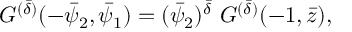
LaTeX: G ^ { ( \bar { \delta } ) } ( - \bar { \psi } _ { 2 } , \bar { \psi } _ { 1 } ) = ( \bar { \psi } _ { 2 } ) ^ { \bar { \delta } } ~ G ^ { ( \bar { \delta } ) } ( - 1 , \bar { z } ) ,